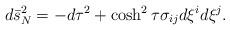
LaTeX: \begin{align*}d \bar{s}_{N}^2 = - d \tau^2 + \cosh^2 \tau \sigma_{ij} d \xi^i d \xi^j.\end{align*}